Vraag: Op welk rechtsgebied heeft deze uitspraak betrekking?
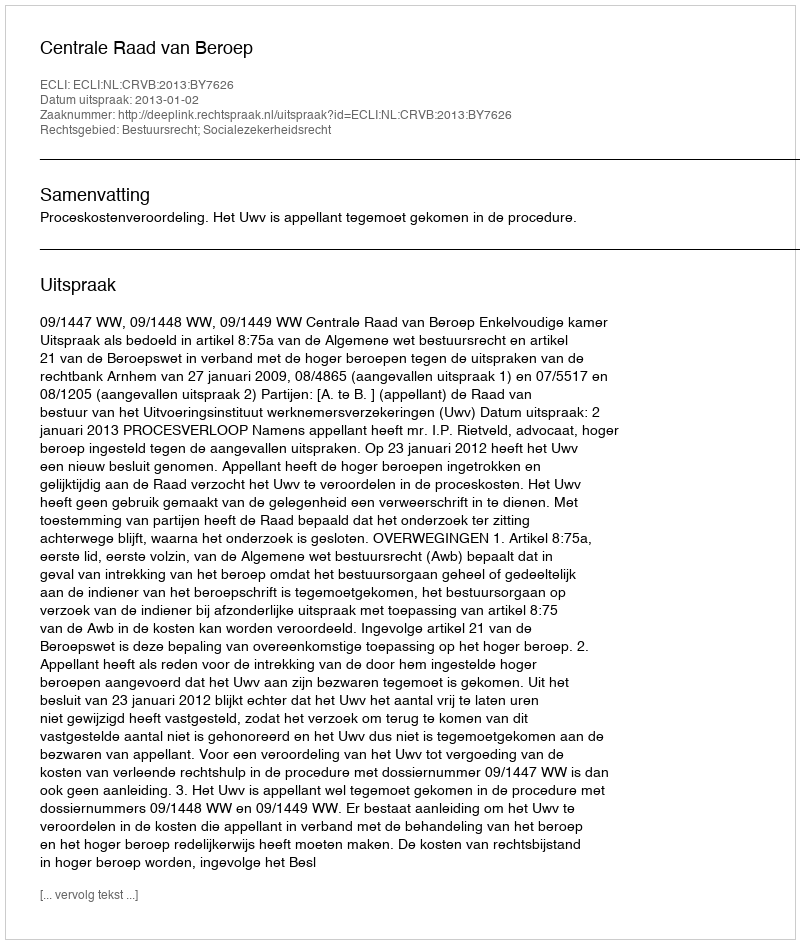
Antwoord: Bestuursrecht; Socialezekerheidsrecht